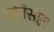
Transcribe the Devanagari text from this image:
प्रतिसंहर